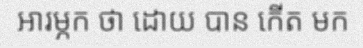
អារម្ភក ថា ដោយ បាន កើត មក